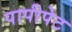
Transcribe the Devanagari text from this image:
पापीपेट